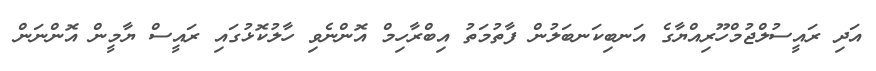
އަދި ރައީސުލްޖުމްހޫރިއްޔާގެ އަނބިކަނބަލުން ފާތުމަތު އިބްރާހިމް އޮންނެވި ހާލުކޮޅުގައި ރައީސް ޔާމީން އޮންނަން